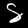
Digit: 8